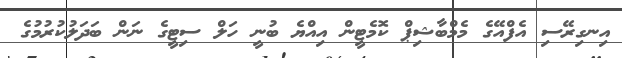
އިނގިރޭސި އެފްއޭގެ މެމްބާޝިޕް ކޮމެޓީން އިއްޔެ ބުނީ ހަލް ސިޓީގެ ނަން ބަދަލުކުރުމުގެ